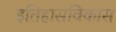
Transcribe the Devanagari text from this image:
इतिहासविकास